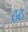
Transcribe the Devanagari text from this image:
ठठ